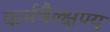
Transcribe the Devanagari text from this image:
कर्मवैल्क्षण्य